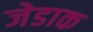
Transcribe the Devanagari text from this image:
जेडाक